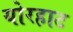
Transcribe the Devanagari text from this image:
योरहाट